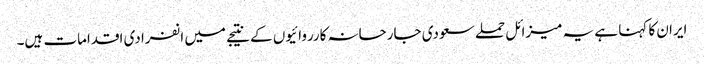
ایران کا کہنا ہے یہ میزائل حملے سعودی جارحانہ کارروائیوں کے نتیجے میں انفرادی اقدامات ہیں۔